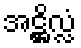
အဋ္ဌိလ္လံ